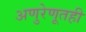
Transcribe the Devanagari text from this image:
अणुरेणूतही